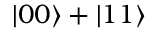
| 0 0 \rangle + | 1 1 \rangle